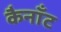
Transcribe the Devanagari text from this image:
कैनाँट